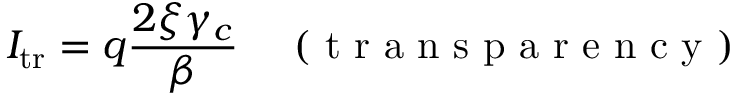
I _ { \mathrm { t r } } = q \frac { 2 \xi \gamma _ { c } } { \beta } \quad \mathrm { ~ ( ~ t ~ r ~ a ~ n ~ s ~ p ~ a ~ r ~ e ~ n ~ c ~ y ~ ) ~ }